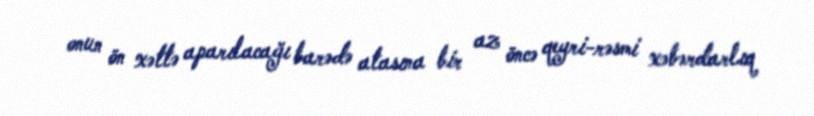
onun ön xəttə aparılacağı barədə atasına bir az öncə qeyri-rəsmi xəbərdarlıq